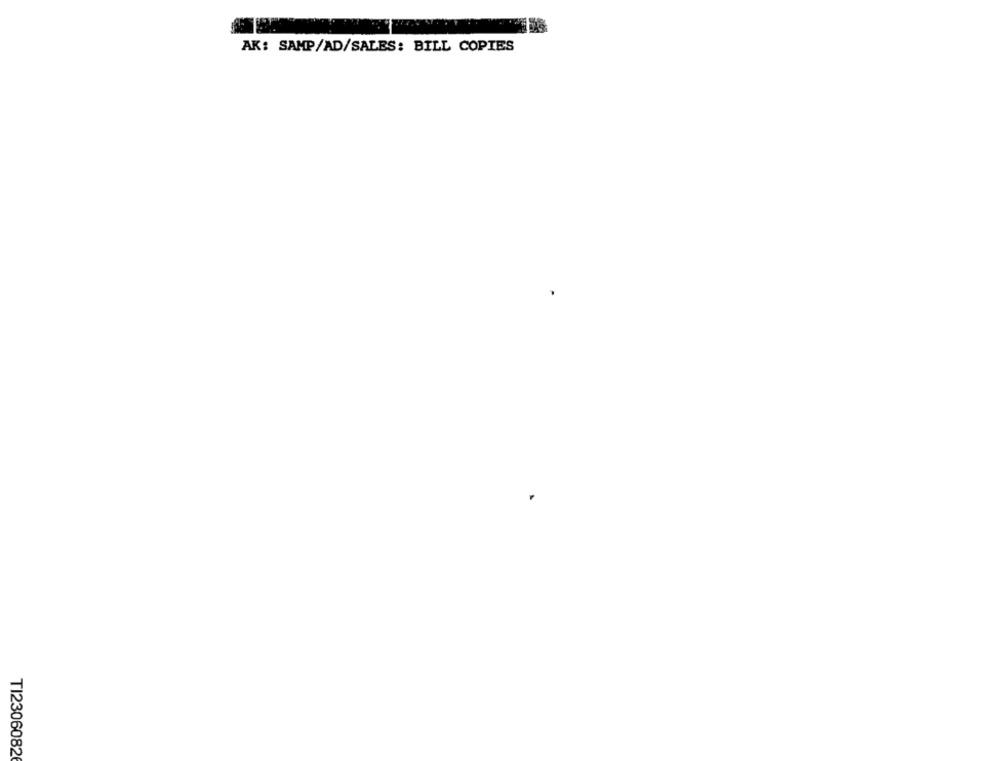
AK: SAMP/AD/SALES: BILL COPIES
TI2306082